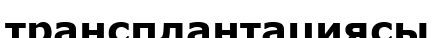
трансплантациясы